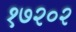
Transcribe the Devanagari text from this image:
१७२०२